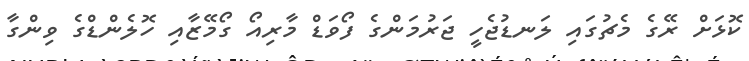
ކޮޅަށް ރޭގެ މެޗުގައި ލަނޑުޖެހީ ޖަރުމަންގެ ފޯވަޑް މާރިއޯ ގޯމޭޒާއި ހޮލެންޑްގެ ވިންގާ